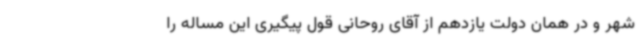
شهر و در همان دولت یازدهم از آقای روحانی قول پیگیری این مساله را